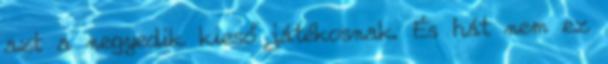
azt a negyedik kieső játékosnak. És hát nem ez